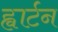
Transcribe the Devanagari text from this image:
ह्वार्टन